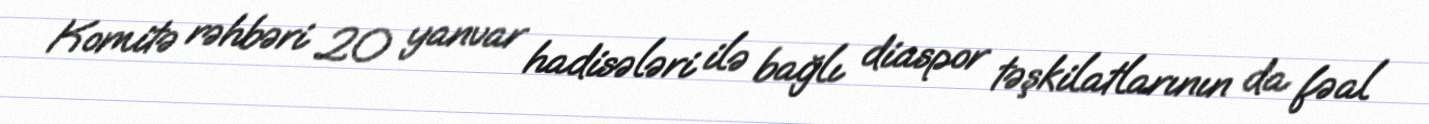
Komitə rəhbəri 20 yanvar hadisələri ilə bağlı diaspor təşkilatlarının da fəal